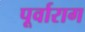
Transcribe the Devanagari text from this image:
पूर्वाराग